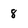
Character: 8